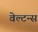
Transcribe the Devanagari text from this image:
वेल्टन्स